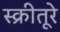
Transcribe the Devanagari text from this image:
स्क्रीतूरे